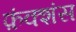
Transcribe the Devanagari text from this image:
फ़ंक्शंस